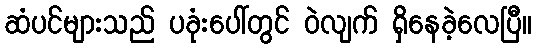
ဆံပင်များသည် ပခုံးပေါ်တွင် ဝဲလျက် ရှိနေခဲ့လေပြီ။